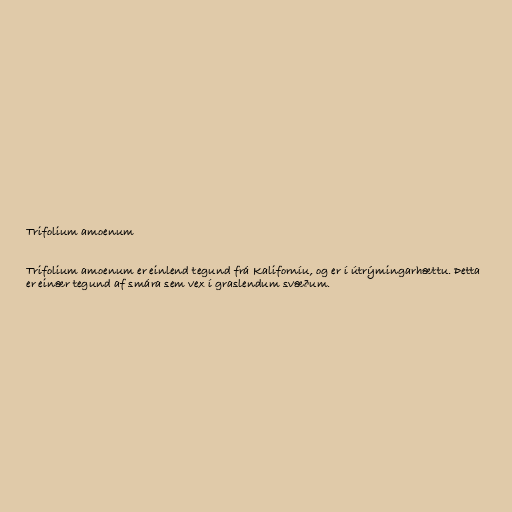
Trifolium amoenum

Trifolium amoenum er einlend tegund frá Kaliforníu, og er í útrýmingarhættu. Þetta
er einær tegund af smára sem vex í graslendum svæðum.